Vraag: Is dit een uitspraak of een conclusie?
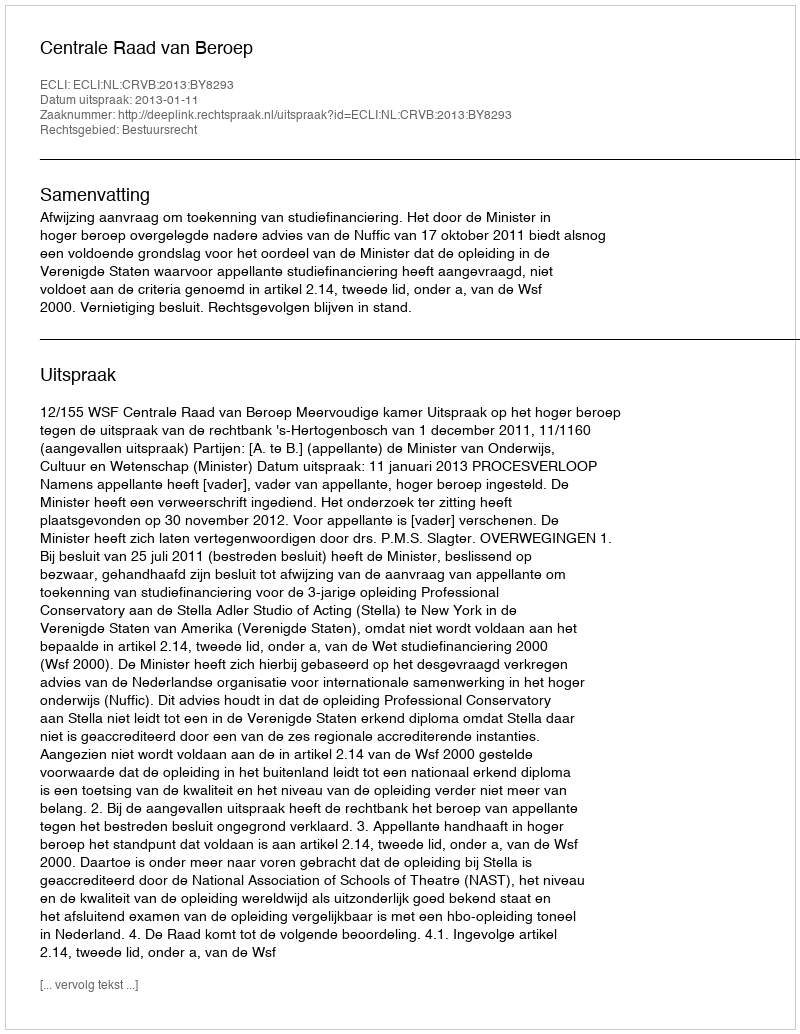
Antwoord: Uitspraak